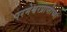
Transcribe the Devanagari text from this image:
परमेश्वरप्राप्तीच्या